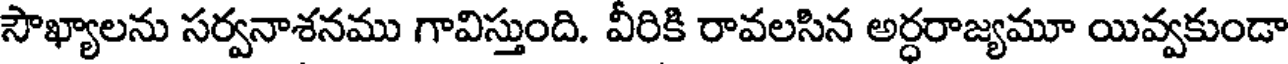
సౌఖ్యాలను సర్వనాశనము గావిస్తుంది. వీరికి రావలసిన అర్ధరాజ్యమూ యివ్వకుండా